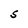
Character: S